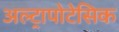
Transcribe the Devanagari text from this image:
अल्ट्रापोटेसिक